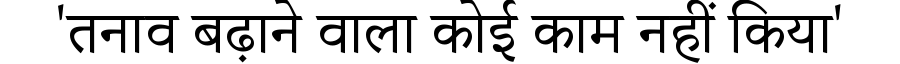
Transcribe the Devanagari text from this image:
'तनाव बढ़ाने वाला कोई काम नहीं किया'